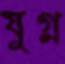
যুগ্ন